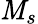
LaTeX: \mathit{M}_{s}